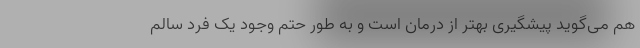
هم می‌گوید پیشگیری بهتر از درمان است و به طور حتم وجود یک فرد سالم